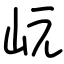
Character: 岏